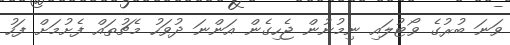
ވަނަ ބުރުގެ ވޯޓުލައި ނިމުނުން ޖެހިގެން އަންނަ ދުވަހު މެޗުތައް ފެށުމަށް ފަހު